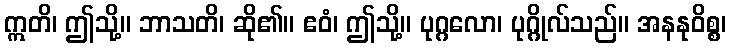
ဣတိ၊ ဤသို့။ ဘာသတိ၊ ဆို၏။ ဧဝံ၊ ဤသို့။ ပုဂ္ဂလော၊ ပုဂ္ဂိုလ်သည်။ အနနုဝိစ္စ၊